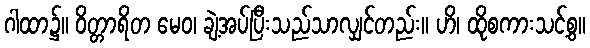
ဂါထာ၌။ ဝိတ္တာရိတ မေဝ၊ ချဲ့အပ်ပြီးသည်သာလျှင်တည်း။ ဟိ၊ ထိုစကားသင့်စွ။